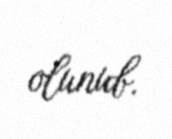
olunub.